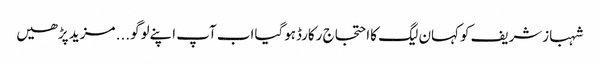
شہبازشریف کوکہان لیگ کااحتجاج رکارڈہوگیااب آپ اپنےلوگو... مزید پڑھیں